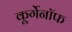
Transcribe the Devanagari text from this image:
कूर्गेनॉफ